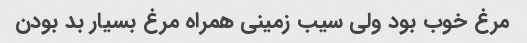
مرغ خوب بود ولی سیب زمینی همراه مرغ بسیار بد بودن